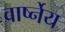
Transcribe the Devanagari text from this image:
वार्ष्नेय